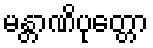
မန္တာဏိပုတ္တော